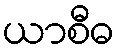
ယာစီဓ